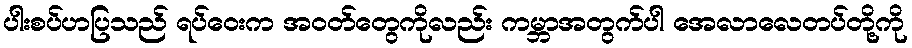
ပါးစပ်ဟပြသည် ရပ်ဝေးက အဝတ်တွေကိုလည်း ကမ္ဘာအတွက်ပါ အေလာလေတပ်တို့ကို